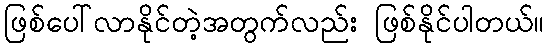
ဖြစ်ပေါ်လာနိုင်တဲ့အတွက်လည်း ဖြစ်နိုင်ပါတယ်။